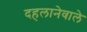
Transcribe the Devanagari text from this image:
दहलानेवाले